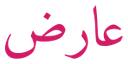
عارض